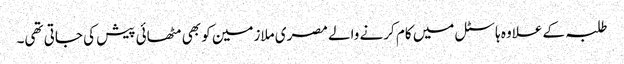
طلبہ کے علاوہ ہاسٹل میں کام کرنے والے مصری ملازمین کو بھی مٹھائی پیش کی جاتی تھی۔